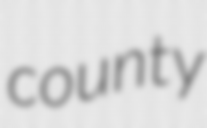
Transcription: county